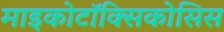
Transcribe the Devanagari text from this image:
माइकोटॉक्सिकोसिस